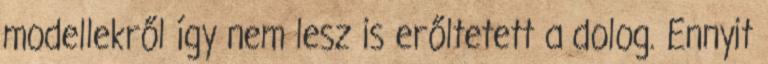
modellekről így nem lesz is erőltetett a dolog. Ennyit